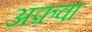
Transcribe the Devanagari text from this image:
अफ़वा